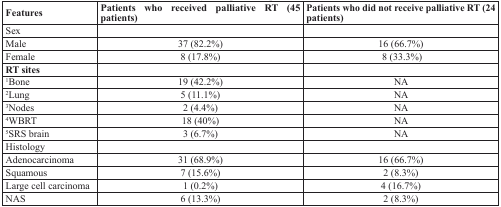
<table><thead><tr><td><b>Features</b></td><td><b>Patients who received palliative RT (45 patients)</b></td><td><b>Patients who did not receive palliative RT (24 patients)</b></td></tr></thead><tbody><tr><td>Sex</td><td></td><td></td></tr><tr><td>Male</td><td>37 (82.2%)</td><td>16 (66.7%)</td></tr><tr><td>Female</td><td>8 (17.8%)</td><td>8 (33.3%)</td></tr><tr><td><b>RT sites</b></td><td></td><td></td></tr><tr><td><sup>1</sup>Bone</td><td>19 (42.2%)</td><td>NA</td></tr><tr><td><sup>2</sup>Lung</td><td>5 (11.1%)</td><td>NA</td></tr><tr><td><sup>3</sup>Nodes</td><td>2 (4.4%)</td><td>NA</td></tr><tr><td><sup>4</sup>WBRT</td><td>18 (40%)</td><td>NA</td></tr><tr><td><sup>5</sup>SRS brain</td><td>3 (6.7%)</td><td>NA</td></tr><tr><td>Histology</td><td></td><td></td></tr><tr><td>Adenocarcinoma</td><td>31 (68.9%)</td><td>16 (66.7%)</td></tr><tr><td>Squamous</td><td>7 (15.6%)</td><td>2 (8.3%)</td></tr><tr><td>Large cell carcinoma</td><td>1 (0.2%)</td><td>4 (16.7%)</td></tr><tr><td>NAS</td><td>6 (13.3%)</td><td>2 (8.3%)</td></tr></tbody></table>